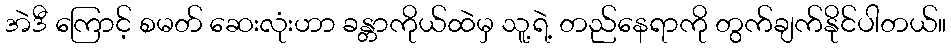
အဲဒီ ကြောင့် စမတ် ဆေးလုံးဟာ ခန္တာကိုယ်ထဲမှ သူ့ရဲ့ တည်နေရာကို တွက်ချက်နိုင်ပါတယ်။